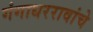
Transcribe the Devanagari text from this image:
गंगाधररावांचे